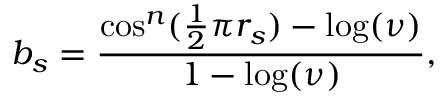
b _ { s } = \frac { \cos ^ { n } ( \frac { 1 } { 2 } \pi r _ { s } ) - \log ( \nu ) } { 1 - \log ( { \nu } ) } ,